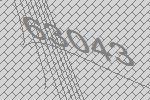
63043